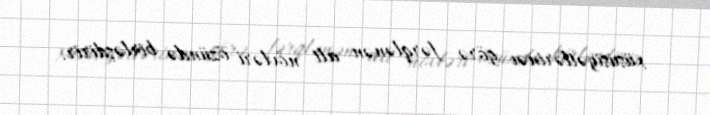
xüsusiyətlərinəı görə fərqlənən alt növləri özündə birləşdirir.